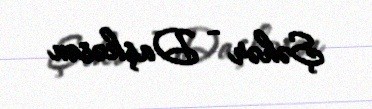
Şəhər - Daşkəsən